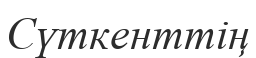
Сүткенттің